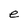
Character: e